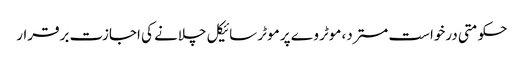
حکومتی درخواست مسترد، موٹر وے پر موٹر سائیکل چلانے کی اجازت برقرار